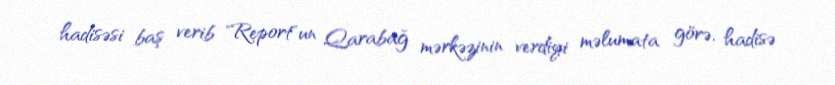
hadisəsi baş verib "Report"un Qarabağ mərkəzinin verdiyi məlumata görə, hadisə